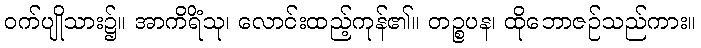
ဝက်ပျိုသား၌။ အာကိရိံသု၊ လောင်းထည့်ကုန်၏။ တဉ္စပန၊ ထိုဘောဇဉ်သည်ကား။